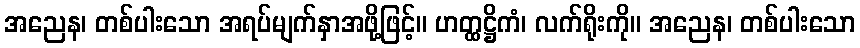
အညေန၊ တစ်ပါးသော အရပ်မျက်နှာအဖို့ဖြင့်။ ဟတ္ထဋ္ဌိကံ၊ လက်ရိုးကို။ အညေန၊ တစ်ပါးသော